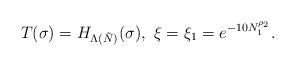
LaTeX: \begin{align*}T(\sigma)={{H}}_{\Lambda(\tilde N)}(\sigma), \ \xi=\xi_1=e^{- 10N_1^{\rho_2}}.\end{align*}